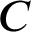
C